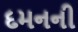
દમનની